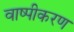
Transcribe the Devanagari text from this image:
वाष्‍पीकरण